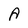
Character: A